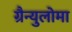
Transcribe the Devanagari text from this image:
ग्रैन्युलोमा